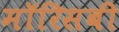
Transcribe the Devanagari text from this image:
मॉरिसबी